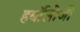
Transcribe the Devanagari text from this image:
हर्बॉलोजी